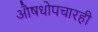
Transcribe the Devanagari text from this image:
औषधोपचारही